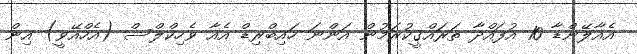
އެއާލޭންޑާ 10 އުފައްދާ ތަރައްގީކުރަމުން އަންނަ ހައިބްރިޑް އެއާ ވެހިކްލްސް (އެހްއޭވީ) އިން